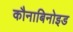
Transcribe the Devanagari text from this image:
कौनाबिनोइड